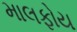
માલફોય